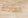
العادلة